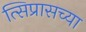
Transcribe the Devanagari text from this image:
त्सिप्रासच्या